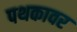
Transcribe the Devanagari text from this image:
पथकावर